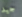
جيد